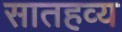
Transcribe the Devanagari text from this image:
सातहव्य